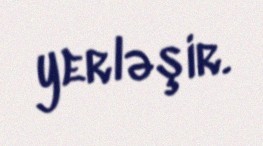
yerləşir.